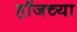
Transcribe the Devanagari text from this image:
हॉजच्या